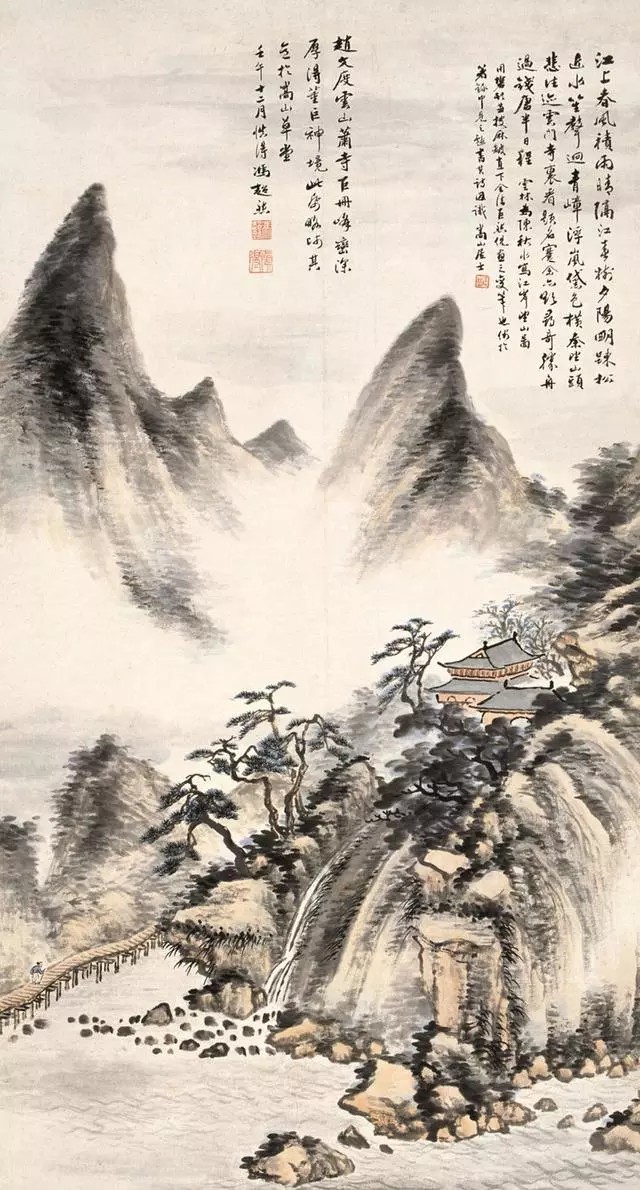
林深藏却云门寺，回首若耶溪。